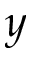
y